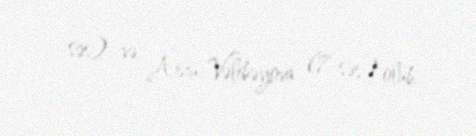
səs) və Arzu Vəlibəyova (7 səs) olub.